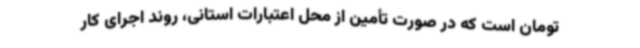
تومان است که در صورت تأمین از محل اعتبارات استانی، روند اجرای کار